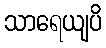
သာရေယျပိ